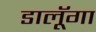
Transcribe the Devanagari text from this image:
डालूॅगा